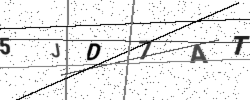
Text: 5JD7AT